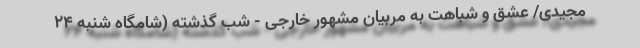
مجیدی/ عشق و شباهت به مربیان مشهور خارجی - شب گذشته (شامگاه شنبه 24